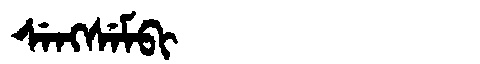
Manchu: ᠰᡝᠩᠰᡝᠮᠪᡳ
Romanization: SENGSEMBI